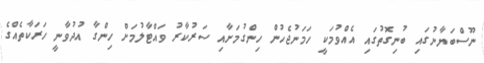
ނޫސްބަޔާނުގައި ބުނިގޮތުގައި އެއްވުމަކީ ހަމަނުޖެހުން ހިންގުމަށާއި ސަރުކާރު ވައްޓާލުމަށް ހިންގާ އުދުވާނީ ހަރަކާތެއްގެ